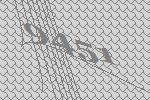
9451